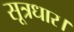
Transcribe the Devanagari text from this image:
सूत्रधार।